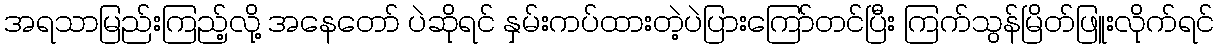
အရသာမြည်းကြည့်လို့ အနေတော် ပဲဆိုရင် နှမ်းကပ်ထားတဲ့ပဲပြားကြော်တင်ပြီး ကြက်သွန်မြိတ်ဖြူးလိုက်ရင်